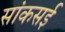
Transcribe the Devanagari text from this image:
सांकसई